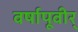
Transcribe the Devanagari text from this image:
वर्षापूवीर्